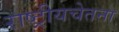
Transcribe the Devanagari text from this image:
राष्ट्रीयचेतना